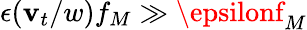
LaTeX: \epsilon(\mathbf{v}_{t}/w)f_{M}\gg\epsilonf_{M}